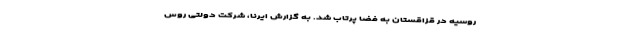
روسیه در قزاقستان به فضا پرتاب شد. به گزارش ایرنا، شرکت دولتی روس